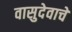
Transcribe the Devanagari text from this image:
वासुदेवाचे